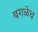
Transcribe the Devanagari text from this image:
बगळेच